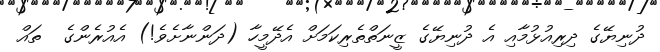
ދުނިޔޭގެ ދިރިއުޅުމާއި އެ ދުނިޔޭގެ ޒީނަތްތެރިކަމަށް އެދޭމީހާ (ދަންނާށެވެ!) އެއުރެންގެ  ތައް